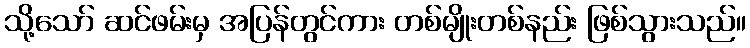
သို့သော် ဆင်ဖမ်းမှ အပြန်တွင်ကား တစ်မျိုးတစ်နည်း ဖြစ်သွားသည်။